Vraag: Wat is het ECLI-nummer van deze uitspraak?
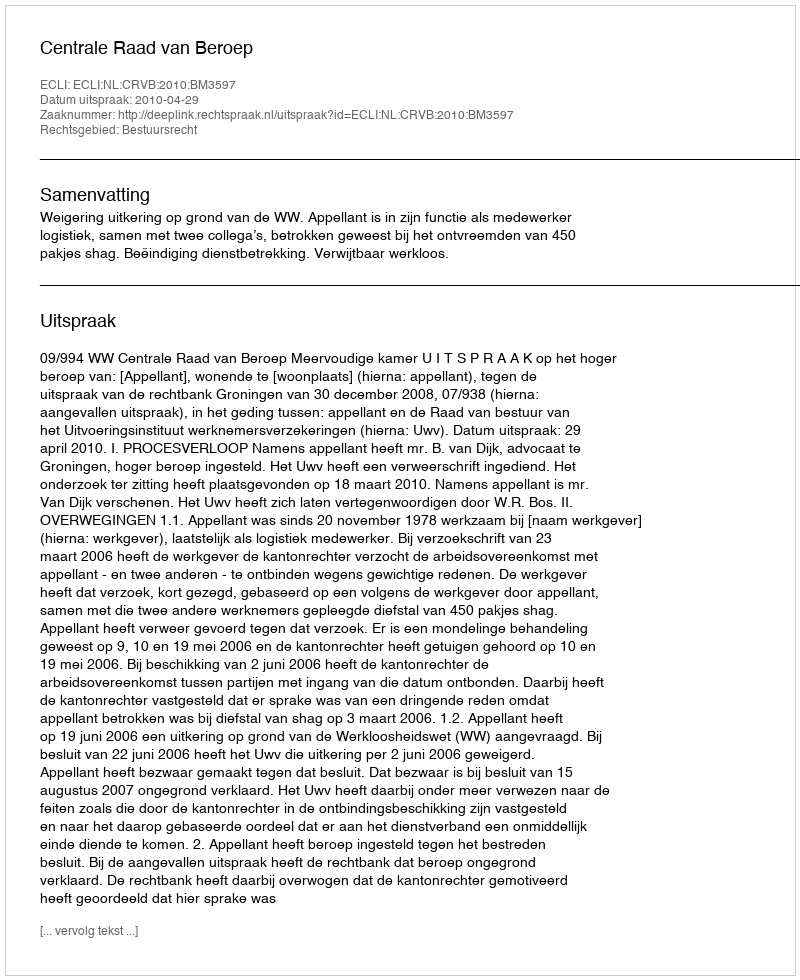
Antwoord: ECLI:NL:CRVB:2010:BM3597